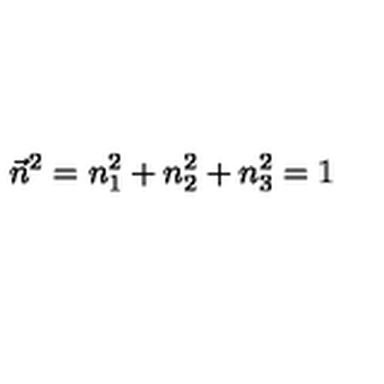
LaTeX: \vec { n } ^ { 2 } = n _ { 1 } ^ { 2 } + n _ { 2 } ^ { 2 } + n _ { 3 } ^ { 2 } = 1